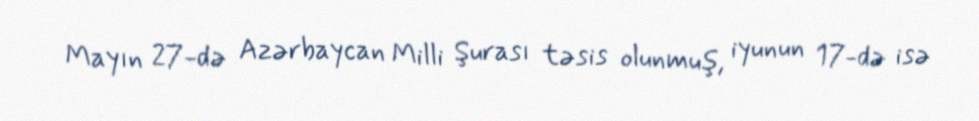
Mayın 27-də Azərbaycan Milli Şurası təsis olunmuş, iyunun 17-də isə